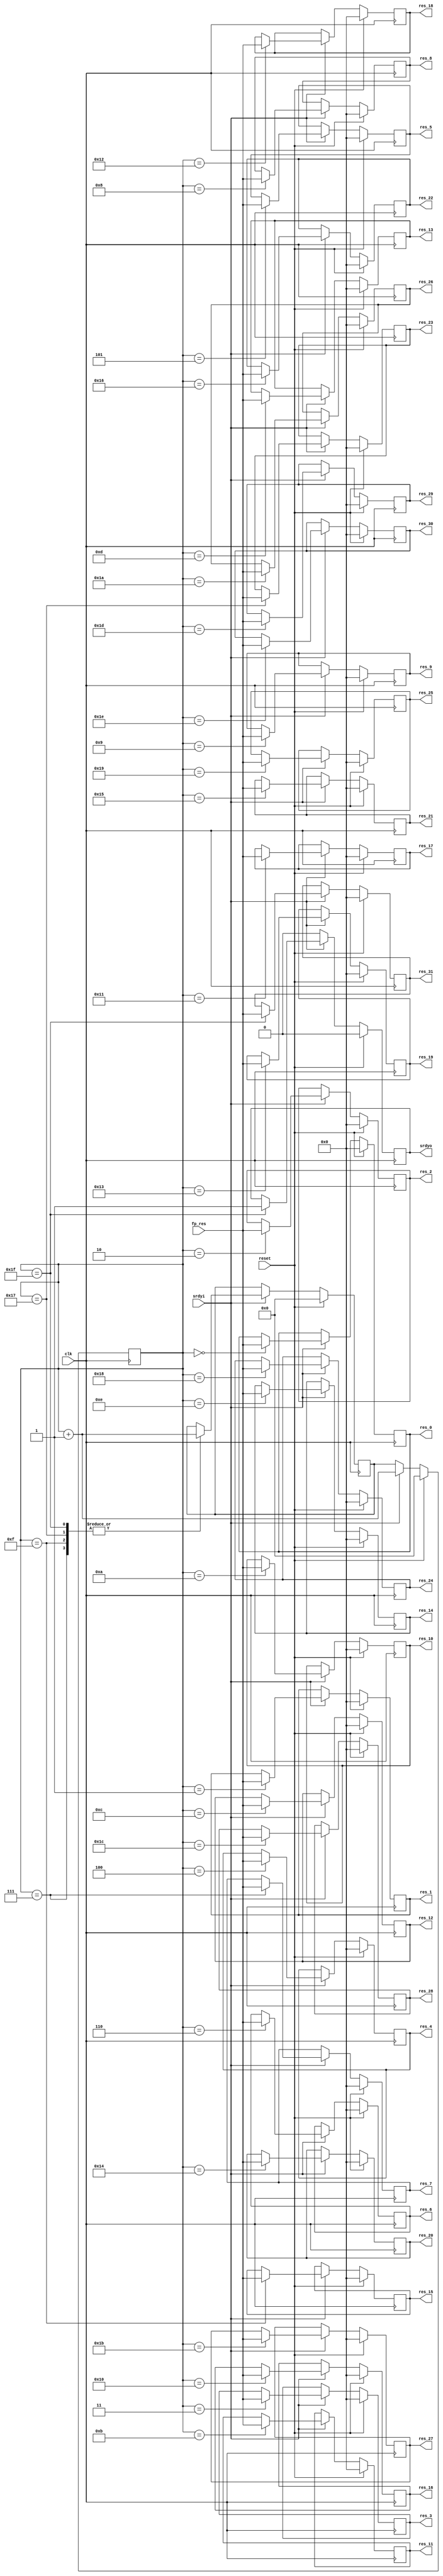
//Buffer 32 outputs, then output them for 32 channels

module result (
  input clk,
  input reset,
  input srdyi,
  input [20:0] fp_res,
  output reg srdyo,
  output reg [20:0] res_0,
  output reg [20:0] res_1,
  output reg [20:0] res_2,
  output reg [20:0] res_3,
  output reg [20:0] res_4,
  output reg [20:0] res_5,
  output reg [20:0] res_6,
  output reg [20:0] res_7,
  output reg [20:0] res_8,
  output reg [20:0] res_9,
  output reg [20:0] res_10,
  output reg [20:0] res_11,
  output reg [20:0] res_12,
  output reg [20:0] res_13,
  output reg [20:0] res_14,
  output reg [20:0] res_15,
  output reg [20:0] res_16,
  output reg [20:0] res_17,
  output reg [20:0] res_18,
  output reg [20:0] res_19,
  output reg [20:0] res_20,
  output reg [20:0] res_21,
  output reg [20:0] res_22,
  output reg [20:0] res_23,
  output reg [20:0] res_24,
  output reg [20:0] res_25,
  output reg [20:0] res_26,
  output reg [20:0] res_27,
  output reg [20:0] res_28,
  output reg [20:0] res_29,
  output reg [20:0] res_30,
  output reg [20:0] res_31
);

reg [4:0] counter;
reg [4:0] init;

always@(posedge clk) begin
  if(reset == 1) begin
    srdyo <= 0;
	res_0 <= 0;
    res_1 <= 0;
	res_2 <= 0;
	res_3 <= 0;
	res_4 <= 0;
	res_5 <= 0;
	res_6 <= 0;
	res_7 <= 0;
	res_8 <= 0;
	res_9 <= 0;
	res_10 <= 0;
	res_11 <= 0;
	res_12 <= 0;
	res_13 <= 0;
	res_14 <= 0;
	res_15 <= 0;
	res_16 <= 0;
	res_17 <= 0;
	res_18 <= 0;
	res_19 <= 0;
	res_20 <= 0;
	res_21 <= 0;
	res_22 <= 0;
	res_23 <= 0;
	res_24 <= 0;
	res_25 <= 0;
	res_26 <= 0;
	res_27 <= 0;
	res_28 <= 0;
	res_29 <= 0;
	res_30 <= 0;
	res_31 <= 0;
	counter <= 0;
	init <= 0;
  end
  else if(srdyi == 1) begin
      counter <= counter + 1;
      case(counter)
	    0: res_0 <= fp_res;
		1: res_1 <= fp_res;
		2: res_2 <= fp_res;
		3: res_3 <= fp_res;
		4: res_4 <= fp_res;
		5: res_5 <= fp_res;
		6: res_6 <= fp_res;
		7: begin 
		     res_7 <= fp_res;
		     init <= counter + 1;
		   end
		8: res_8 <= fp_res;
		9: res_9 <= fp_res;
	   10: res_10 <= fp_res;
	   11: res_11 <= fp_res;
	   12: res_12 <= fp_res;
	   13: res_13 <= fp_res;
	   14: res_14 <= fp_res;
	   15: begin 
	         res_15 <= fp_res;
			 init <= counter + 1;
		   end
	   16: res_16 <= fp_res;
	   17: res_17 <= fp_res;
	   18: res_18 <= fp_res;
	   19: res_19 <= fp_res;
	   20: res_20 <= fp_res;
	   21: res_21 <= fp_res;
	   22: res_22 <= fp_res;
	   23: begin 
	         res_23 <= fp_res;
			 init <= counter + 1;
		   end
	   24: res_24 <= fp_res;
	   25: res_25 <= fp_res;
	   26: res_26 <= fp_res;
	   27: res_27 <= fp_res;
	   28: res_28 <= fp_res;
	   29: res_29 <= fp_res;
	   30: res_30 <= fp_res;
	   31: begin
	         res_31 <= fp_res;
			 init <= counter + 1;
			 srdyo <= 1;
		   end
	   default: begin 
				  srdyo <= 0;
	              res_0 <= 0;
                  res_1 <= 0;
				  res_2 <= 0;
				  res_3 <= 0;
			      res_4 <= 0;
				  res_5 <= 0;
				  res_6 <= 0;
				  res_7 <= 0;
				  res_8 <= 0;
				  res_9 <= 0;
				  res_10 <= 0;
				  res_11 <= 0;
				  res_12 <= 0;
				  res_13 <= 0;
				  res_14 <= 0;
				  res_15 <= 0;
				  res_16 <= 0;
				  res_17 <= 0;
				  res_18 <= 0;
				  res_19 <= 0;
				  res_20 <= 0;
				  res_21 <= 0;
				  res_22 <= 0;
				  res_23 <= 0;
				  res_24 <= 0;
				  res_25 <= 0;
				  res_26 <= 0;
				  res_27 <= 0;
				  res_28 <= 0;
				  res_29 <= 0;
				  res_30 <= 0;
				  res_31 <= 0;				  
				end
	  endcase
  end
  else begin
    srdyo <= 0;
	counter <= init;
  end

end


endmodule